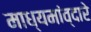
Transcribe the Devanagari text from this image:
माध्यमांव्दारे